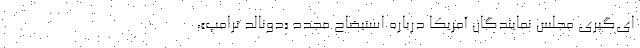
ای‌گیری مجلس نمایندگان آمریکا درباره استیضاح مجدد «دونالد ترامپ»،